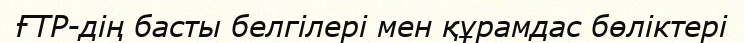
ҒТР-дің басты белгілері мен құрамдас бөліктері